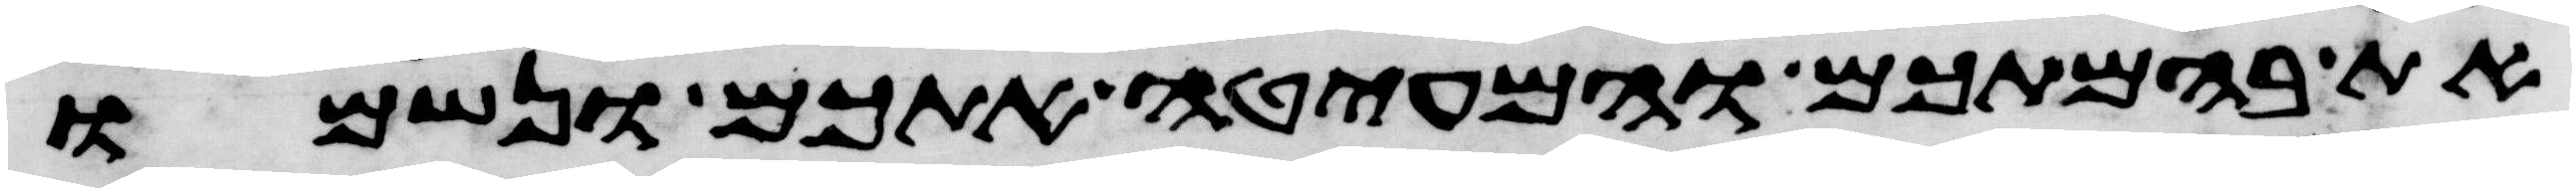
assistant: את בהמתכם והמעיטה אתכם ונשמו